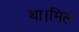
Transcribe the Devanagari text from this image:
था।मिल